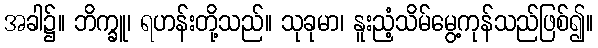
အခါ၌။ ဘိက္ခူ၊ ရဟန်းတို့သည်။ သုခုမာ၊ နူးညံ့သိမ်မွေ့ကုန်သည်ဖြစ်၍။